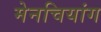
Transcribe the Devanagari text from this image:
मेनचियांग